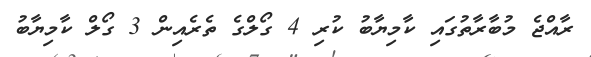
ރާއްޖެ މުބާރާތުގައި ކާމިޔާބު ކުރި 4 ގޯލްގެ ތެރެއިން 3 ގޯލް ކާމިޔާބު